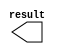
module Y_const (
	result);

	output	[7:0]  result;

endmodule